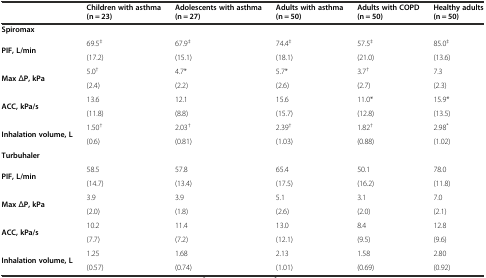
|  | Children with asthma (n = 23) | Adolescents with asthma (n = 27) | Adults with asthma (n = 50) | Adults with COPD (n = 50) | Healthy adults (n = 50) |
 | --- | --- | --- | --- | --- | --- |
 | <COLSPAN=6> Spiromax |
 | <ROWSPAN=2> PIF, L/min | 69.5‡ | 67.9‡ | 74.4‡ | 57.5‡ | 85.0‡ |
 | (17.2) | (15.1) | (18.1) | (21.0) | (13.6) |
 | <ROWSPAN=2> Max ΔP, kPa | 5.0† | 4.7* | 5.7* | 3.7† | 7.3 |
 | (2.4) | (2.2) | (2.6) | (2.7) | (2.3) |
 | <ROWSPAN=2> ACC, kPa/s | 13.6 | 12.1 | 15.6 | 11.0* | 15.9* |
 | (11.8) | (8.8) | (15.7) | (12.8) | (13.5) |
 | <ROWSPAN=2> Inhalation volume, L | 1.50† | 2.03† | 2.39† | 1.82† | 2.98* |
 | (0.6) | (0.81) | (1.03) | (0.88) | (1.02) |
 | <COLSPAN=6> Turbuhaler |
 | <ROWSPAN=2> PIF, L/min | 58.5 | 57.8 | 65.4 | 50.1 | 78.0 |
 | (14.7) | (13.4) | (17.5) | (16.2) | (11.8) |
 | <ROWSPAN=2> Max ΔP, kPa | 3.9 | 3.9 | 5.1 | 3.1 | 7.0 |
 | (2.0) | (1.8) | (2.6) | (2.0) | (2.1) |
 | <ROWSPAN=2> ACC, kPa/s | 10.2 | 11.4 | 13.0 | 8.4 | 12.8 |
 | (7.7) | (7.2) | (12.1) | (9.5) | (9.6) |
 | <ROWSPAN=2> Inhalation volume, L | 1.25 | 1.68 | 2.13 | 1.58 | 2.80 |
 | (0.57) | (0.74) | (1.01) | (0.69) | (0.92) |